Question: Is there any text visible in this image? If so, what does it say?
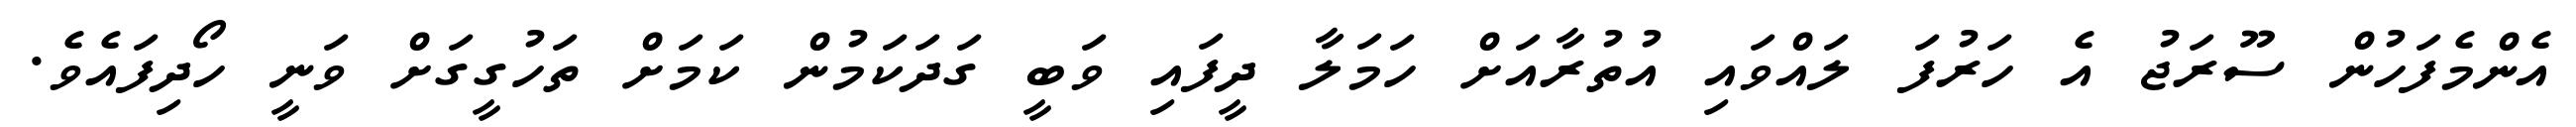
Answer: އެންމެފަހުން ސޫރަޖު އެ ހަރުފަ ލައްވައި އުތުރާއަށް ހަމަލާ ދީފައި ވަބީ ގަދަކަމުން ކަމަށް ތަހުގީގަށް ވަނީ ހޯދިފައެވެ.